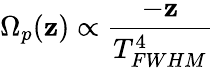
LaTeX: \Omega_{p}(\mathbf{z})\propto\frac{{-\mathbf{z}}}{{T_{FWHM}^{4}}}